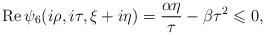
LaTeX: \begin{align*}\operatorname{Re}\psi_6(i\rho,i\tau,\xi+i\eta)=\frac{\alpha\eta}{\tau}-\beta\tau^2\leqslant 0,\end{align*}